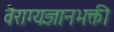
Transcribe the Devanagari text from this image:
वैराग्यज्ञानभक्ती